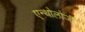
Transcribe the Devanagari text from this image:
एन्थोलोजी